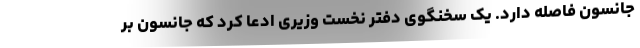
جانسون فاصله دارد. یک سخنگوی دفتر نخست وزیری ادعا کرد که جانسون بر